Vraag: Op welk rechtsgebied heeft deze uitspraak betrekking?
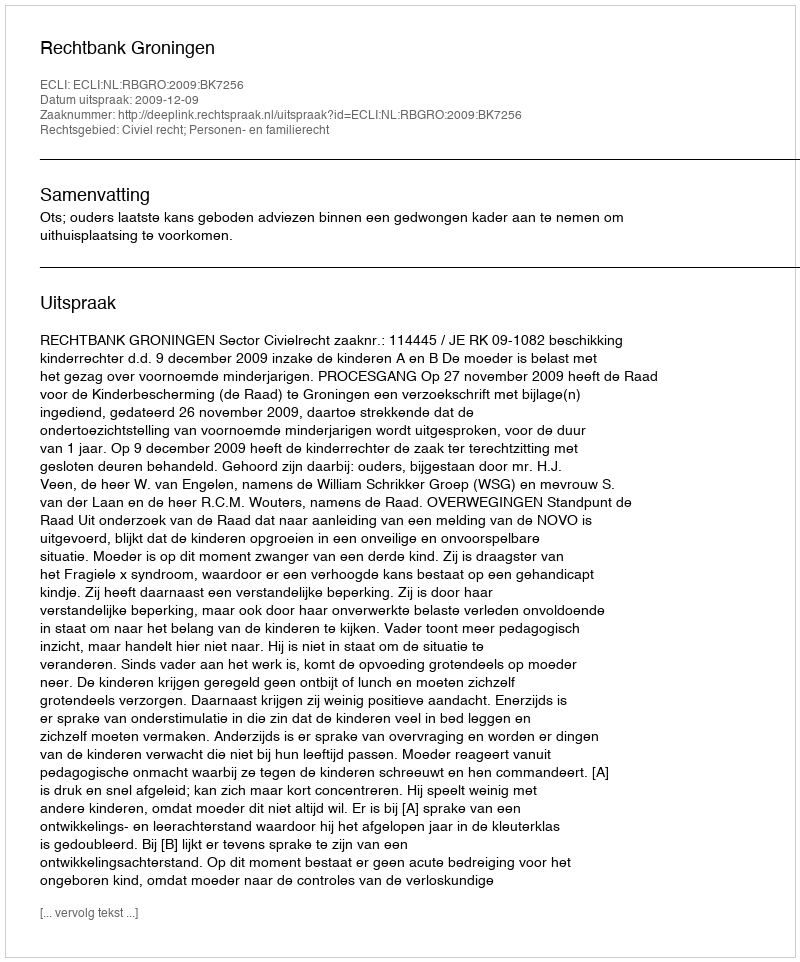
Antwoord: Civiel recht; Personen- en familierecht